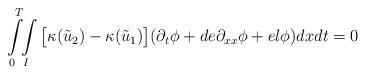
LaTeX: \begin{align*} \int\limits_{0}^T\!\!\int\limits_{I} \big[ \kappa(\tilde{u}_2)-\kappa(\tilde{u}_1) \big](\partial_t\phi+de\partial_{xx}\phi+el\phi) dxdt=0 \end{align*}